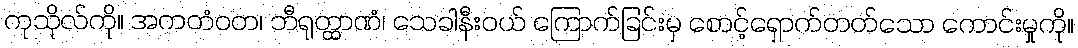
ကုသိုလ်ကို။ အကတံဝတ၊ ဘီရုတ္ထာဏံ၊ သေခါနီးဝယ် ကြောက်ခြင်းမှ စောင့်ရှောက်တတ်သော ကောင်းမှုကို။